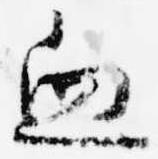
血